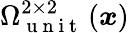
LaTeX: \Omega_{\mathrm{~u~n~i~t~}}^{2\times 2}\left(\boldsymbol{x}\right)